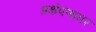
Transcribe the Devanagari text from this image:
प्रक्षेपणावर